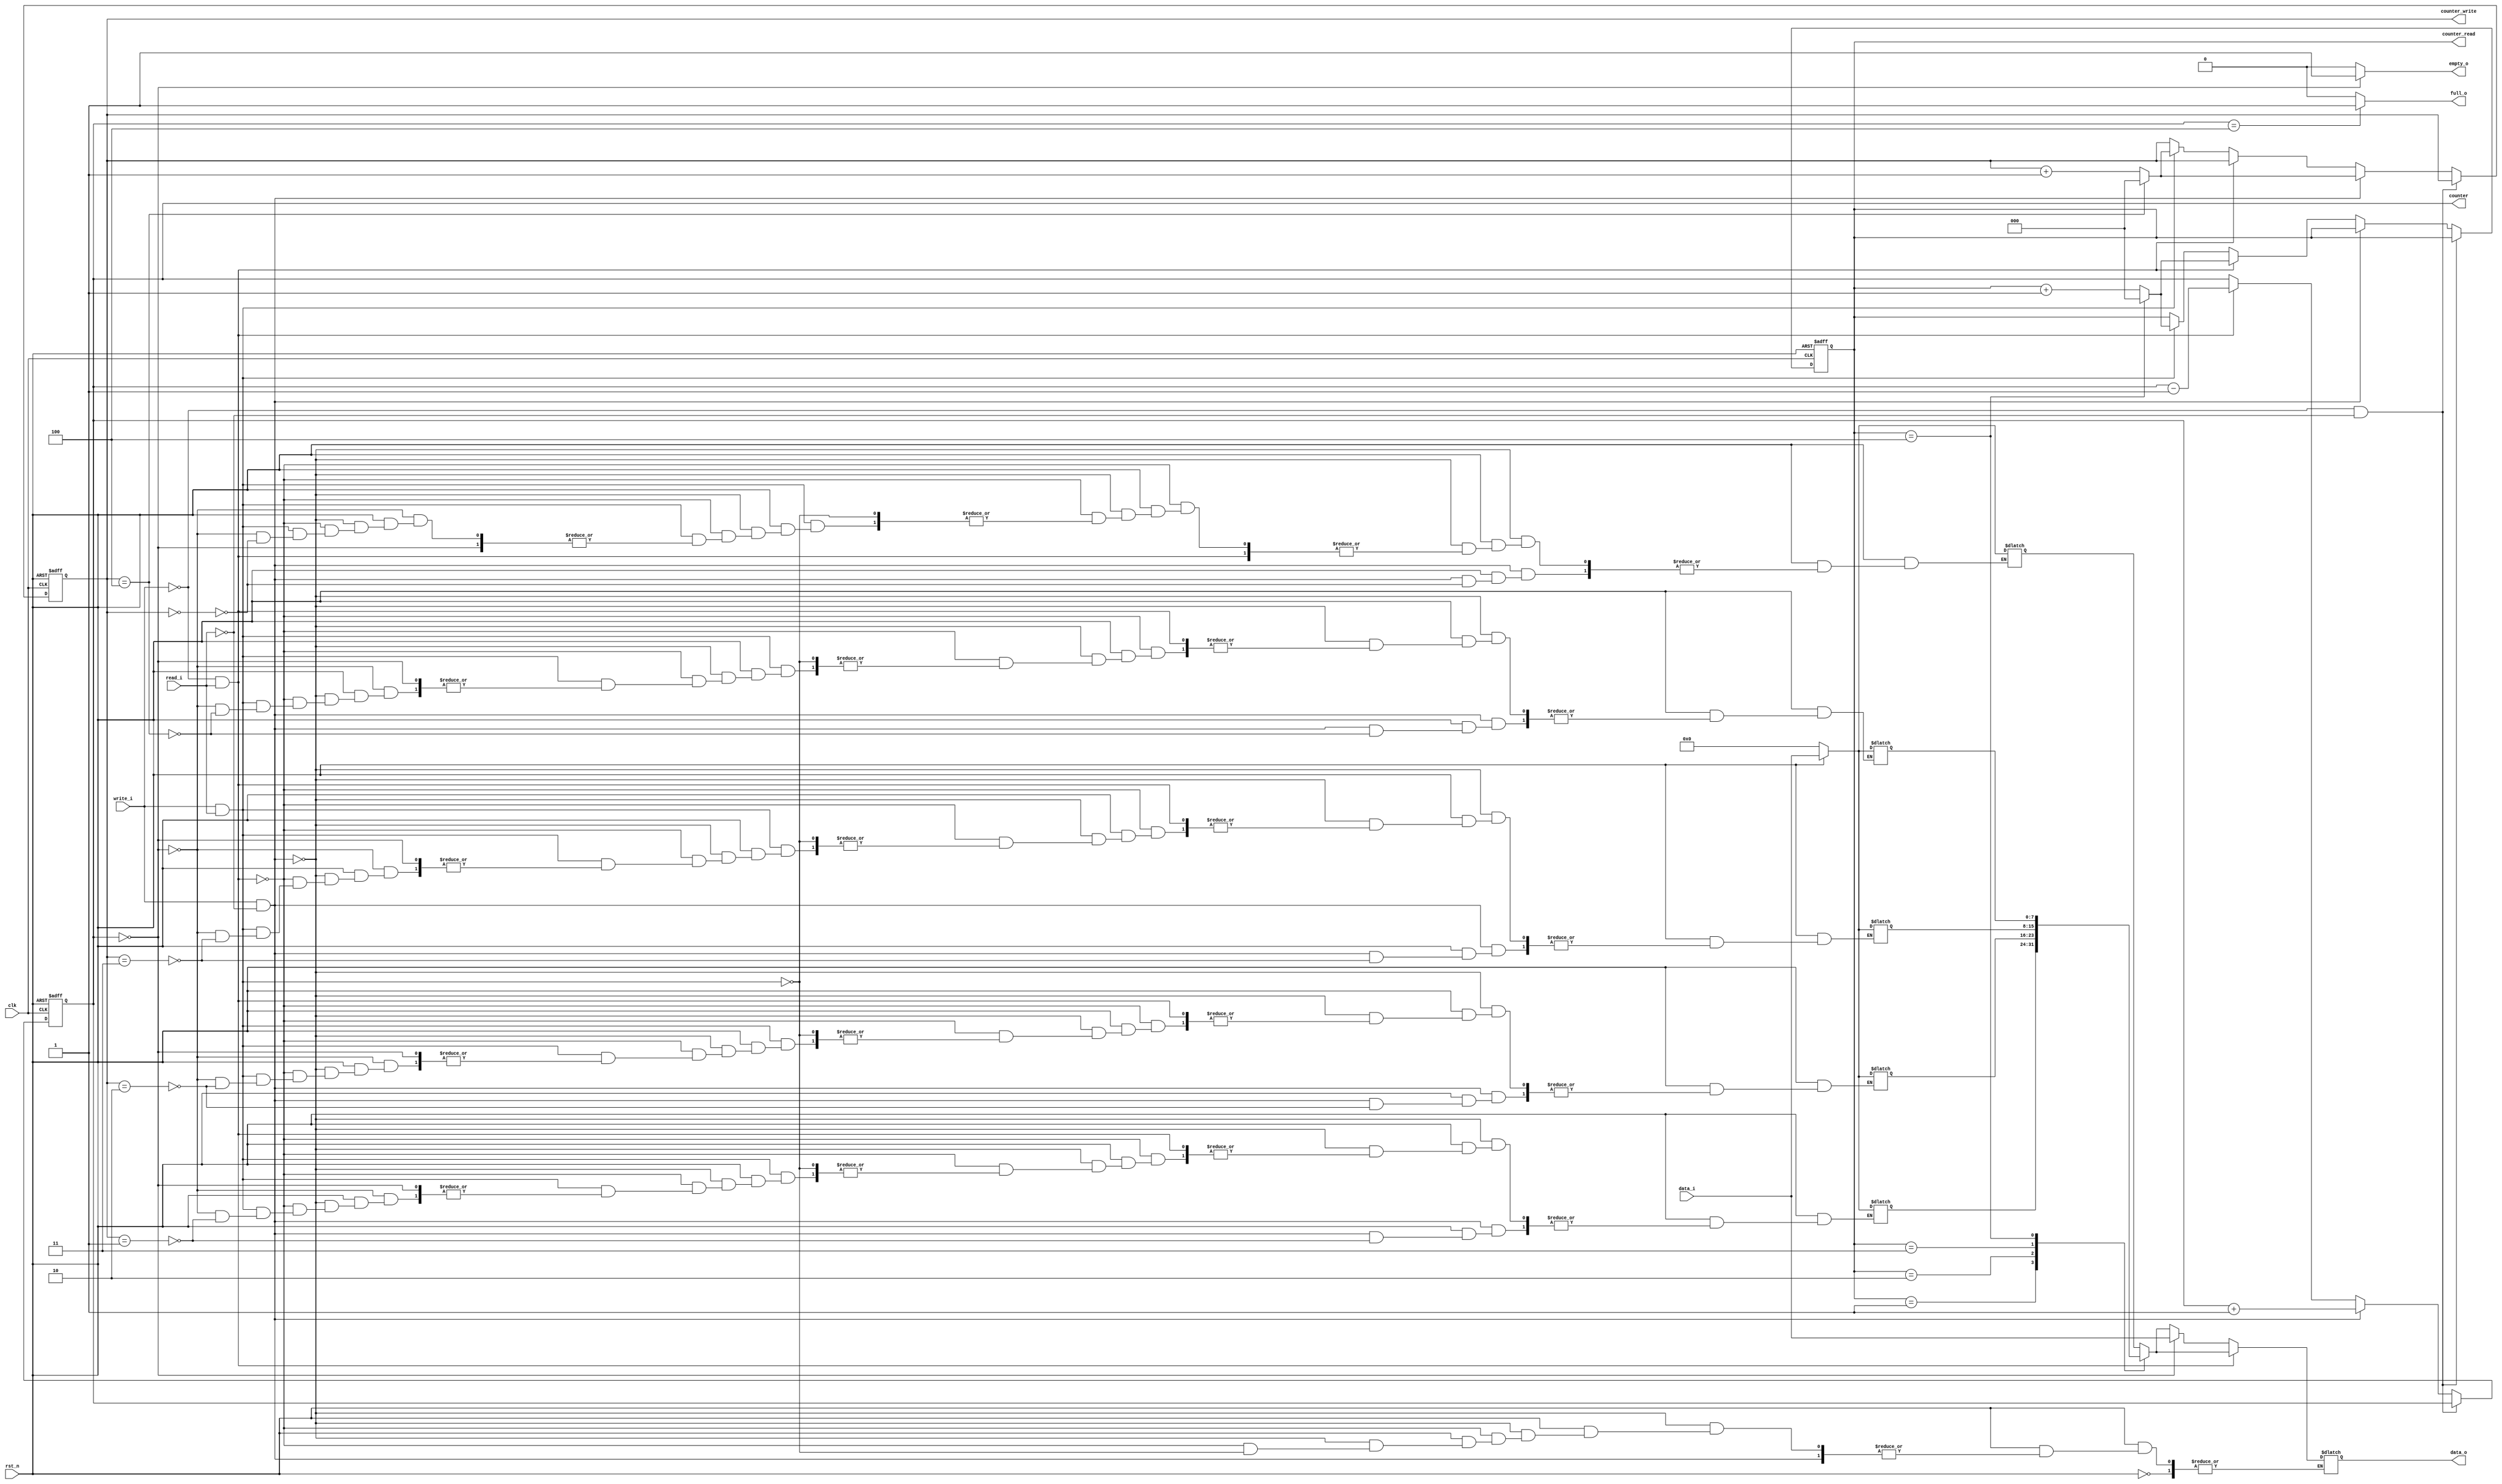
module fifo (data_i, write_i, read_i, full_o, empty_o, data_o, clk, rst_n,counter,counter_read,counter_write);
parameter DWIDTH = 8, FDEPTH = 5;

input wire [DWIDTH-1:0] data_i;
input wire write_i, read_i;
output wire full_o, empty_o;
output reg [DWIDTH-1:0] data_o;
input wire clk, rst_n;

// wire empty,full;
reg [DWIDTH-1:0] mem [FDEPTH-1:0]; // your fifo


output reg [2:0] counter_write,counter_read;
output reg [2:0] counter;



assign full_o = (counter == 3'd4)?1:0;
assign empty_o = (counter == 3'd0)?1:0;


// should consider the condition of (write_i && read_i), (write_i), (read_i) 
always@(*) begin
    if(!rst_n)
    begin
        mem[0] = 0;
        mem[1] = 0;
        mem[2] = 0;
        mem[3] = 0;
        mem[4] = 0;
    end
    else
    begin
        if (write_i == 1 && read_i == 0)
        begin
            mem[counter_write] = data_i;
        end
        else if (write_i == 0 && read_i == 1)
        begin
            data_o = mem[counter_read];
        end
        else if (write_i == 1 && read_i == 1)
        begin
            if(counter == 3'd0)
            begin
                data_o = data_i;
            end
            else
            begin
                data_o = mem[counter_read];
                mem[counter_write] = data_i;
            end
        end
    end
end

always @(posedge clk, negedge rst_n) begin
    if (!rst_n)
    begin
        counter <= 3'd0;
        counter_read <= 3'd0;
        counter_write <= 3'd0;
    end
    else
    begin

        if (write_i == 0 && read_i == 0) 
        begin
            counter <= counter;
        end
        else if (write_i == 1 && read_i == 0)
        begin
            counter_write <= (counter_write == 3'd4)?0:counter_write+3'd1;
            counter <= counter + 3'd1;
        end
        else if (write_i == 0 && read_i == 1)
        begin
            counter_read <= (counter_read == 3'd4)?0:counter_read+3'd1;
            counter <= counter - 3'd1;
        end
        else if (write_i == 1 && read_i == 1)
        begin
            counter_write <= (counter_write == 3'd4)?0:counter_write+3'd1;
            counter_read <= (counter_read == 3'd4)?0:counter_read+3'd1;
        end
        else
        begin
            counter <= counter;
            counter_read <= counter_read;
            counter_write <= counter_write;
        end
    end

end
endmodule